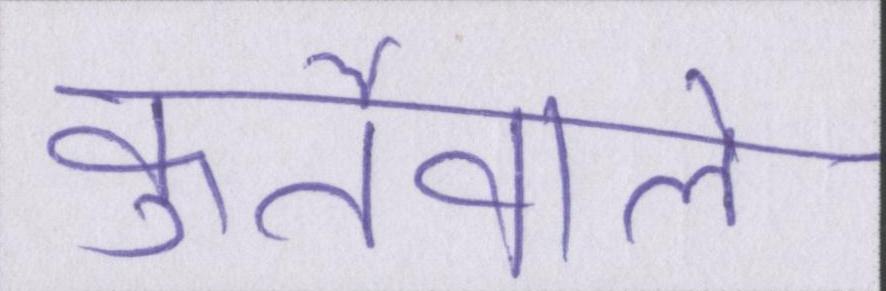
कुर्तेवाले